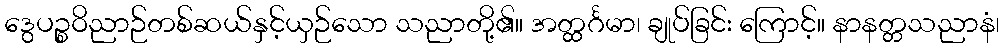
ဒွေပဉ္စဝိညာဉ်တစ်ဆယ်နှင့်ယှဉ်သော သညာတို့၏။ အတ္ထင်္ဂမာ၊ ချုပ်ခြင်း ကြောင့်။ နာနတ္တသညာနံ၊